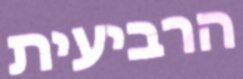
הרביעית